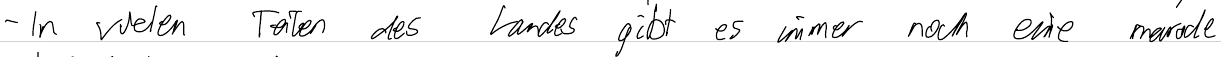
- In vielen Teilen des Landes gibt es immer noch eine marode